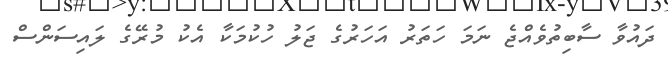
ދައުވާ ސާބިތުވެއްޖެ ނަމަ ހަތަރު އަހަރުގެ ޖަލު ހުކުމަކާ އެކު މުރޭގެ ލައިސަންސް